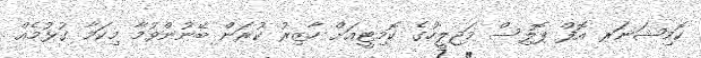
ކޮމިޝަނަރ އޮފް ޕޮލިސް މަޖިލީހުގެ ކޮމިޓީއަށް ހާޒިރު ކުރަން ބޭނުންވުމާ މިކަމާ ގުޅުމެއް